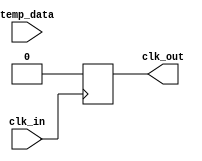
module TempCompClockBuffer (
    input wire clk_in,          // Input clock signal
    input wire [7:0] temp_data, // Temperature data from sensor
    output reg clk_out          // Buffered clock output
);

    // Parameters for delay settings (these would be tuned based on actual requirements)
    parameter DELAY_MAX = 10;   // Maximum delay setting
    parameter DELAY_MIN = 1;    // Minimum delay setting

    // Internal signals
    reg [3:0] delay_setting;     // Delay setting based on temperature
    reg [3:0] delay_counter;      // Counter for delay implementation

    // Temperature compensation logic
    always @(*) begin
        // Simple linear mapping of temperature to delay setting
        // This is a placeholder; actual implementation may use a lookup table or more complex logic
        if (temp_data < 8'd20) begin
            delay_setting = DELAY_MAX; // High delay for low temperature
        end else if (temp_data > 8'd80) begin
            delay_setting = DELAY_MIN; // Low delay for high temperature
        end else begin
            delay_setting = DELAY_MAX - ((temp_data - 8'd20) * (DELAY_MAX - DELAY_MIN) / (8'd80 - 8'd20));
        end
    end

    // Clock buffering with variable delay
    always @(posedge clk_in) begin
        // Implementing variable delay using a counter
        delay_counter <= delay_setting;
        clk_out <= 1'b0; // Initialize output clock to low

        // Delay logic
        if (delay_counter > 0) begin
            // Simple delay implementation (this is a placeholder for actual delay logic)
            #1; // Simulate delay
            clk_out <= 1'b1; // Set output clock high
            #1; // Simulate delay
            clk_out <= 1'b0; // Set output clock low
        end
    end

endmodule